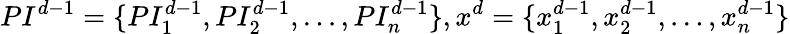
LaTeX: PI_{}^{d-1}=\{ PI_{1}^{d-1},PI_{2}^{d-1},\dots,PI_{n}^{d-1}\} ,x_{}^{d}=\{ x_{1}^{d-1},x_{2}^{d-1},\dots,x_{n}^{d-1}\}